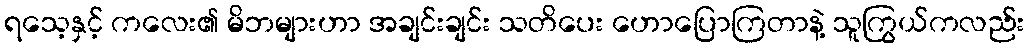
ရသေ့နှင့် ကလေး၏ မိဘများဟာ အချင်းချင်း သတိပေး ဟောပြောကြတာနဲ့ သူကြွယ်ကလည်း